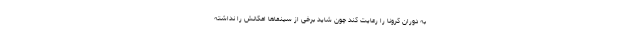
به دوران کرونا را رعایت کند چون شاید برخی از سینماها امکانش را نداشته